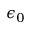
\epsilon _ { 0 }